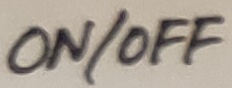
Text: ON/OFF